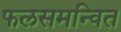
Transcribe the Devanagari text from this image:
फलसमन्वित